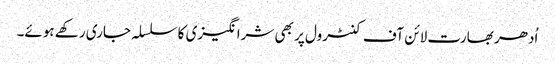
اُدھر بھارت لائن آف کنٹرول پر بھی شرانگیزی کا سلسلہ جاری رکھے ہوئے۔